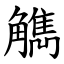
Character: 觹